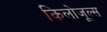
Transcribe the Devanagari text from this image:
किलोजूल्स